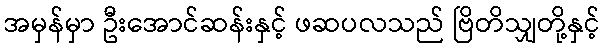
အမှန်မှာ ဦးအောင်ဆန်းနှင့် ဖဆပလသည် ဗြိတိသျှတို့နှင့်